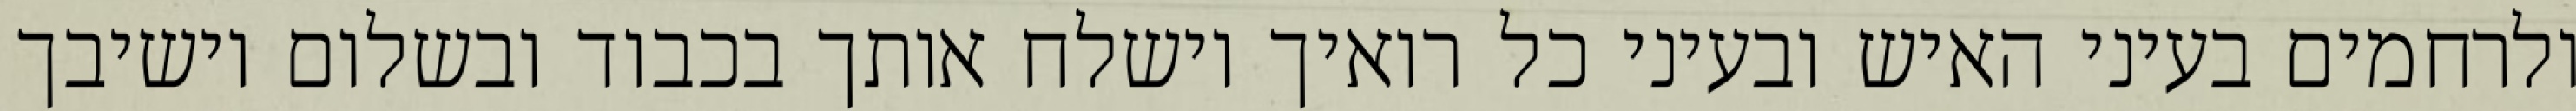
ולרחמים בעיני האיש ובעיני כל רואיך וישלח אותך בכבוד ובשלום וישיבך